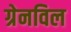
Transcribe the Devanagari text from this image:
ग्रेनविल